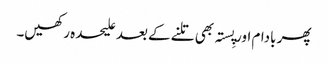
پھر بادام اور پِستہ بھی تلنے کے بعد علیحدہ رکھیں۔